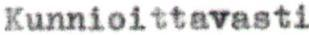
Kunnioittavasti